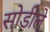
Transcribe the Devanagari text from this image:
सोडीले